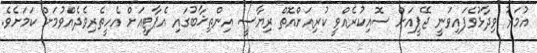
އުމަރު ވިދާޅުވެފައިވަނީ ޖޭޕީއަށް ސޮއިކުރެއްވީ ކުރިއަށްއޮތް ރިޔާސީ އިންތިޚާބުގައި އެޕާޓީއަށް އެހީތެރިވެދެއްވުމަށް ކަމަށެވެ.